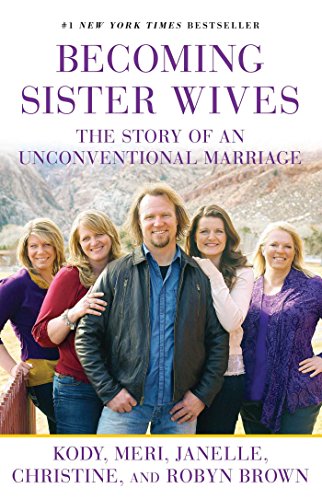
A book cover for Becoming Sister Wives: The Story of an Unconventional Marriage; Kody Brown; Biographies & Memoirs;